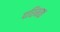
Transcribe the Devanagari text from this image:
परिमळ